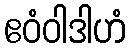
ဧဝံဝါဒါဟံ